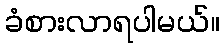
ခံစားလာရပါမယ်။